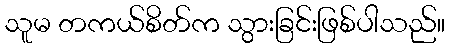
သူမ တကယ်စိတ်က သွားခြင်းဖြစ်ပါသည်။